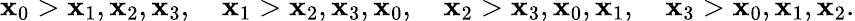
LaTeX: \mathbf{x}_{0}>\mathbf{x}_{1},\mathbf{x}_{2},\mathbf{x}_{3},\quad\mathbf{x}_{1}>\mathbf{x}_{2},\mathbf{x}_{3},\mathbf{x}_{0},\quad\mathbf{x}_{2}>\mathbf{x}_{3},\mathbf{x}_{0},\mathbf{x}_{1},\quad\mathbf{x}_{3}>\mathbf{x}_{0},\mathbf{x}_{1},\mathbf{x}_{2}.